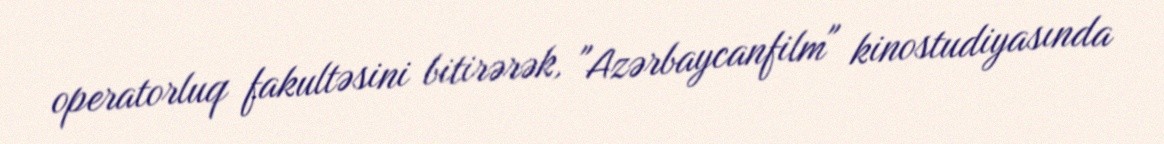
operatorluq fakultəsini bitirərək, "Azərbaycanfilm" kinostudiyasında